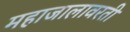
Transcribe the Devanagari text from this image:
महाजालावरती